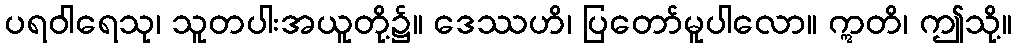
ပရဝါရေသု၊ သူတပါးအယူတို့၌။ ဒေဿဟိ၊ ပြတော်မူပါလော။ ဣတိ၊ ဤသို့။